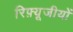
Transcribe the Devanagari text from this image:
रिफ़्यूजीयों